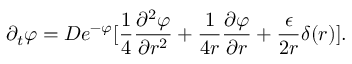
\partial _ { t } \varphi = D e ^ { - \varphi } [ \frac { 1 } { 4 } \frac { \partial ^ { 2 } \varphi } { \partial r ^ { 2 } } + \frac { 1 } { 4 r } \frac { \partial \varphi } { \partial r } + \frac { \epsilon } { 2 r } \delta ( r ) ] .